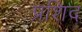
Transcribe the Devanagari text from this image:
प्रशिद